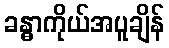
ခန္ဓာကိုယ်အပူချိန်